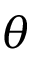
\theta